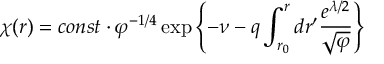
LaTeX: \chi ( r ) = c o n s t \cdot \varphi ^ { - 1 / 4 } \exp \left\{ - \nu - q \int _ { r _ { 0 } } ^ { r } d r ^ { \prime } \frac { e ^ { \lambda / 2 } } { \sqrt { \varphi } } \right\}